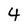
Character: 4